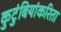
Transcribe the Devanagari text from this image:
कुटुंबियांकरिता